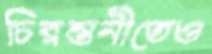
চিরন্তনীতেও